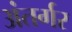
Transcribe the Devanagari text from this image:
अंतर्गर